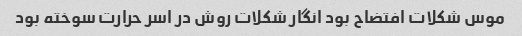
موس شکلات افتضاح بود انگار شکلات روش در اسر حرارت سوخته بود